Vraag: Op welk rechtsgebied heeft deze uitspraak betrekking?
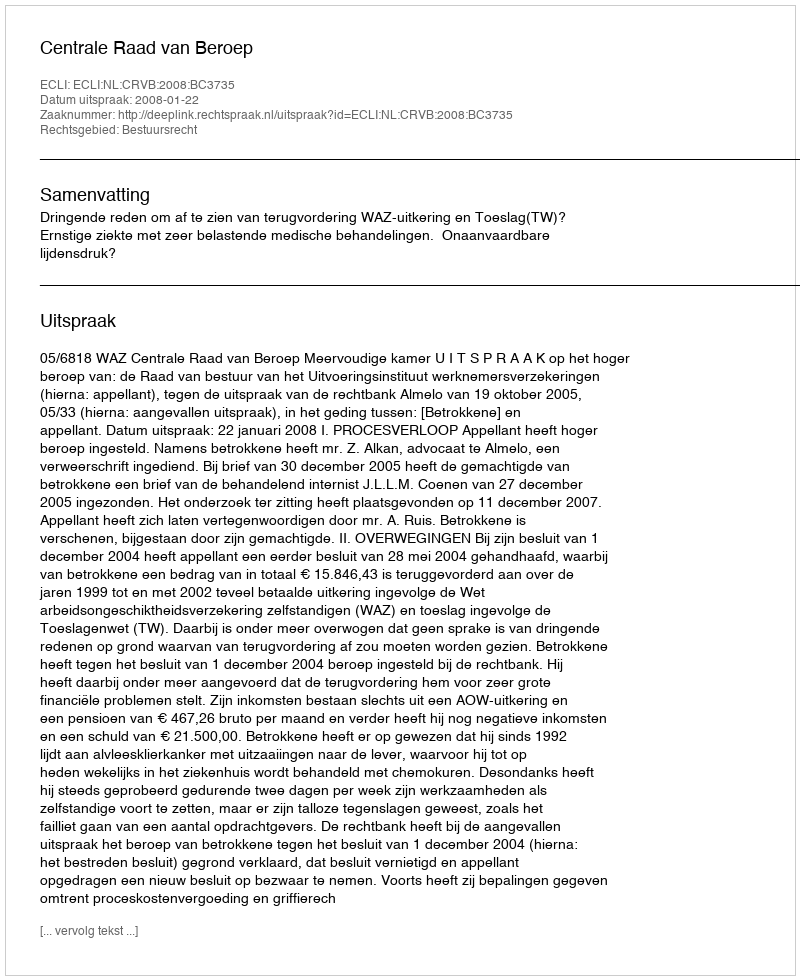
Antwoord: Bestuursrecht